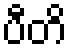
ပီတိ